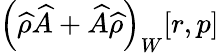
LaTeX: \left(\widehat{\rho}\widehat{A}+\widehat{A}\widehat{\rho}\right)_{W}[r,p]